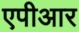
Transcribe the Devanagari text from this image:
एपीआर